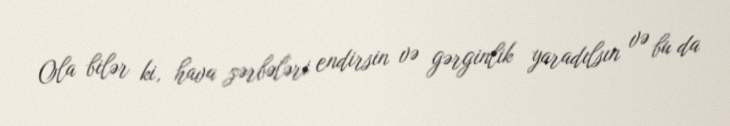
Ola bilər ki, hava zərbələri endirsin və gərginlik yaradılsın və bu da